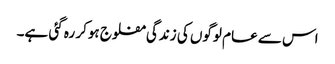
اس سے عام لوگوں کی زندگی مفلوج ہوکر رہ گئی ہے۔